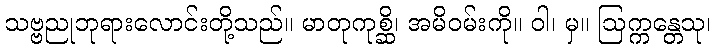
သဗ္ဗညုဘုရားလောင်းတို့သည်။ မာတုကုစ္ဆိ၊ အမိဝမ်းကို။ ဝါ၊ မှ။ ဩက္ကန္တေသု၊